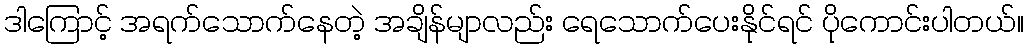
ဒါကြောင့် အရက်သောက်နေတဲ့ အချိန်မျာလည်း ရေသောက်ပေးနိုင်ရင် ပိုကောင်းပါတယ်။